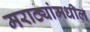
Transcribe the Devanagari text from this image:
मराठ्यांमधील